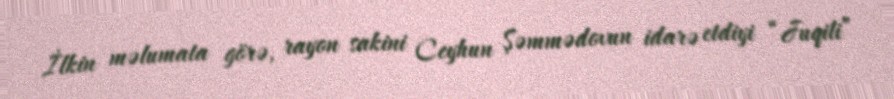
İlkin məlumata görə, rayon sakini Ceyhun Şəmmədovun idarə etdiyi “Juqili”